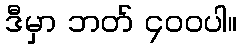
ဒီမှာ ဘတ် ၄၀၀ပါ။